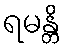
ရမန္တိ